Indian journal of veterinary science and animal husbandry - Volume 2,
Year: 1932
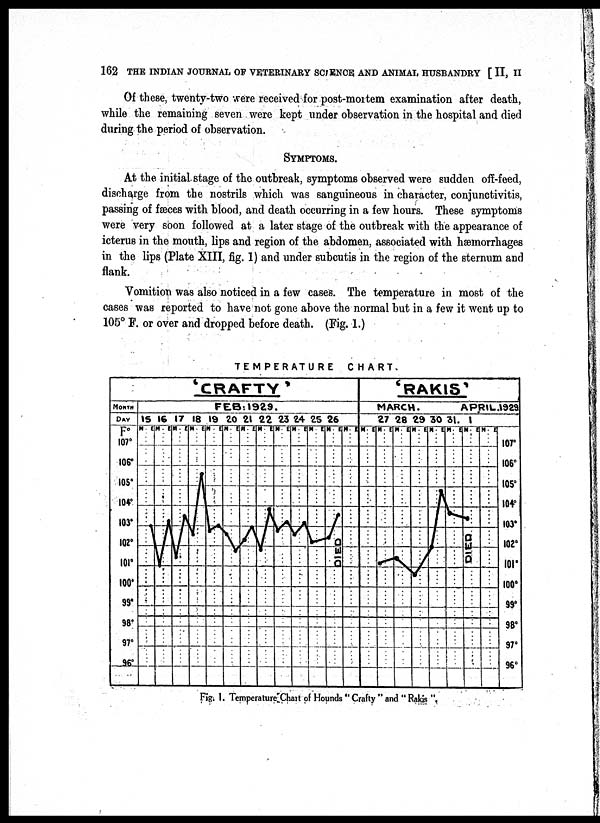
162 THE INDIAN JOURNAL OF VETERINARY SCIENCE AND ANIMAL HUSBANDRY [ II, II
Of these, twenty-two were received for post-mortem examination after death,
while the remaining seven were kept under observation in the hospital and died
during the period of observation.
SYMPTOMS.
At the initial stage of the outbreak, symptoms observed were sudden off-feed,
discharge from the nostrils which was sanguineous in character, conjunctivitis,
passing of fæces with blood, and death occurring in a few hours. These symptoms
were very soon followed at a later stage of the outbreak with the appearance of
icterus in the mouth, lips and region of the abdomen, associated with hæmorrhages
in the lips (Plate XIII, fig. 1) and under subcutis in the region of the sternum and
flank.
Vomition was also noticed in a few cases. The temperature in most of the
cases was reported to have not gone above the normal but in a few it went up to
105° F. or over and dropped before death. (Fig. 1.)
TEMPERATURE
CHART.
Fig. 1. Temperature Chart of Hounds " Crafty " and " Rakis ".